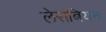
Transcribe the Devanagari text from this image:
लेसबियन